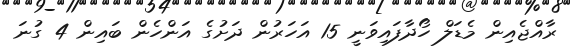
ރާއްޖެއިން މެޑަލް ހޯދާފައިވަނީ 15 އަހަރުން ދަށުގެ އަންހެން ބައިން 4 ގުނަ